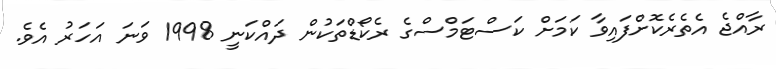
ރާއްޖެ އެތެރެކޮށްފައިވާ ކަމަށް ކަސްޓަމްސްގެ ރެކޯޑްތަކުން ދައްކަނީ 1998 ވަނަ އަހަރު އެވެ.